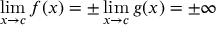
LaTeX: \operatorname* { l i m } _ { x \to c } f ( x ) = \pm \operatorname* { l i m } _ { x \to c } g ( x ) = \pm \infty